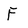
Character: F